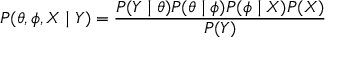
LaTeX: P ( \theta , \phi , X \mid Y ) = { \frac { P ( Y \mid \theta ) P ( \theta \mid \phi ) P ( \phi \mid X ) P ( X ) } { P ( Y ) } }